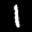
Label: 1